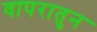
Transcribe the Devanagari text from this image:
वापरातुन